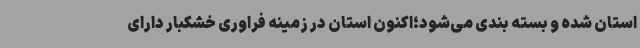
استان شده و بسته بندی می‌شود؛اکنون استان در زمینه فراوری خشکبار دارای